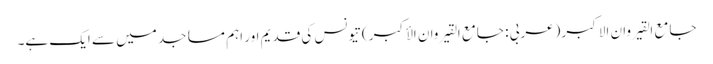
جامع القیروان الاکبر (عربی : جامع القیروان الأکبر ) تیونس کی قدیم اور اہم مساجد میں سے ایک ہے۔